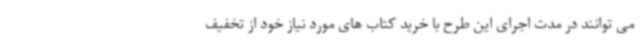
می توانند در مدت اجرای این طرح با خرید کتاب های مورد نیاز خود از تخفیف